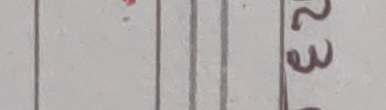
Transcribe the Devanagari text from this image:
२३